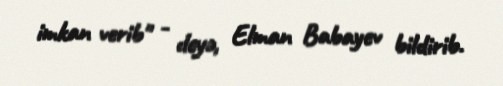
imkan verib" - deyə, Elman Babayev bildirib.